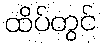
ထိပ်တွင်